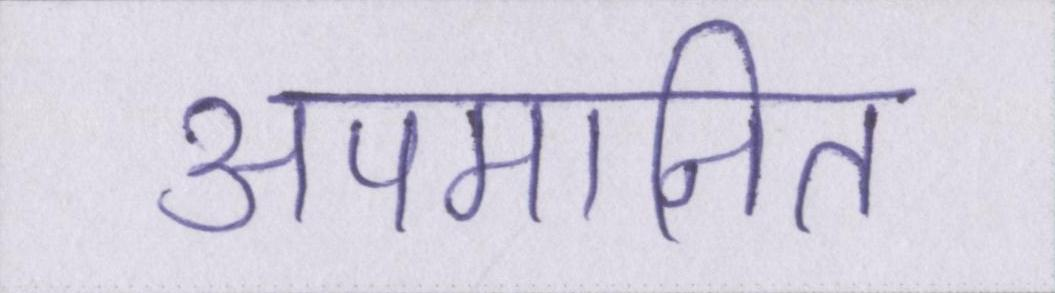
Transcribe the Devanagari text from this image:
अपमानित